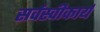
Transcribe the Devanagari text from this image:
सर्वस्वीकार्य